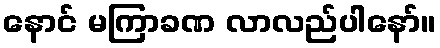
နောင် မကြာခဏ လာလည်ပါနော်။